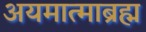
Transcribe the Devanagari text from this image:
अयमात्माब्रह्म